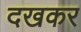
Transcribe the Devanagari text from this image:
दखकर